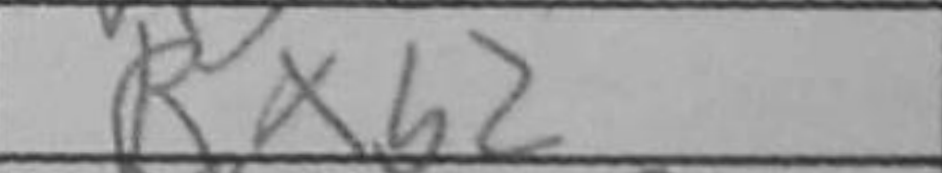
Transcription: Rxb2